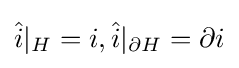
{\hat {i}}|_{H}=i,{\hat {i}}|_{\partial H}=\partial i